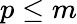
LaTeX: p\leq m